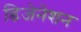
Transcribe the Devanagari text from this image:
डिजेनेशन